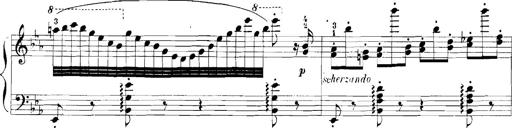
Title: Rhapsodies hongroises
Composer: Franz Liszt